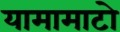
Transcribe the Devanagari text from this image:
यामामाटो